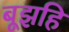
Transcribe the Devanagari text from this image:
बूझहि